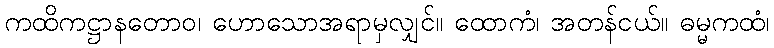
ကထိကဋ္ဌာနတောဝ၊ ဟောသောအရာမှလျှင်။ ထောကံ၊ အတန်ငယ်။ ဓမ္မကထံ၊